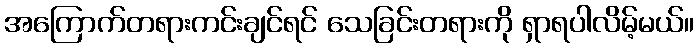
အကြောက်တရားကင်းချင်ရင် သေခြင်းတရားကို ရှာရပါလိမ့်မယ်။